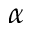
\alpha